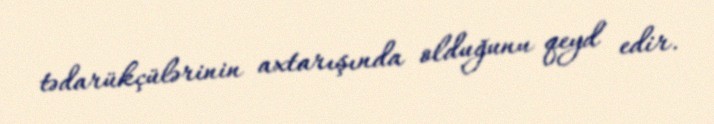
tədarükçülərinin axtarışında olduğunu qeyd edir.